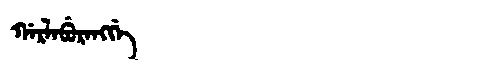
Manchu: ᡤᠠᡵᠯᠠᠪᡠᡵᠠᠩᡤᡝ
Romanization: GARLABURANGGE